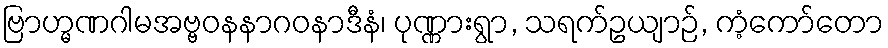
ဗြာဟ္မဏဂါမအဗ္ဗဝနနာဂဝနာဒီနံ၊ ပုဏ္ဏားရွာ, သရက်ဥယျာဉ်, ကံ့ကော်တော